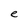
Character: e